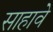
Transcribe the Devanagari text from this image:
साहावे